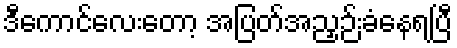
ဒီကောင်လေးတော့ အပြတ်အညှဉ်းခံနေရပြီ